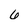
Character: 6